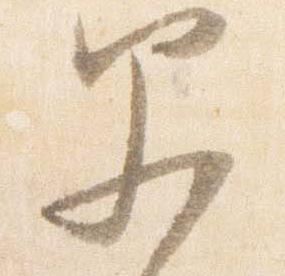
父